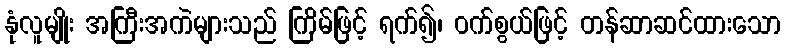
နုံလူမျိုး အကြီးအကဲများသည် ကြိမ်ဖြင့် ရက်၍၊ ဝက်စွယ်ဖြင့် တန်ဆာဆင်ထားသော